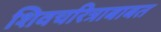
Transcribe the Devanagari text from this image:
शिवचरित्राबाबत